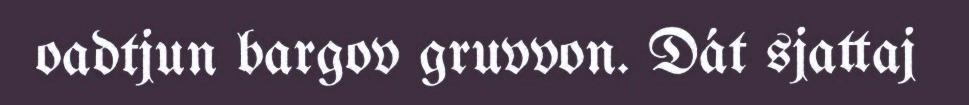
oadtjun bargov gruvvon. Dát sjattaj